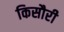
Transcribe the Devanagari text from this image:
किसौरी